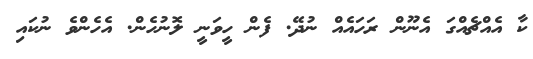
ކާ އެއްޗެއްގަ އެނޫން ރަހައެއް ނުދޭ. ފެން ހީވަނީ ލޮނުހެން. އެހެންވެ ނުކައި